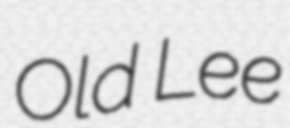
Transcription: Old Lee